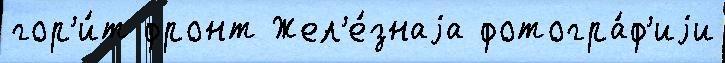
гор'и́т фронт Жел'е́знаjа фотогра́ф'иjи